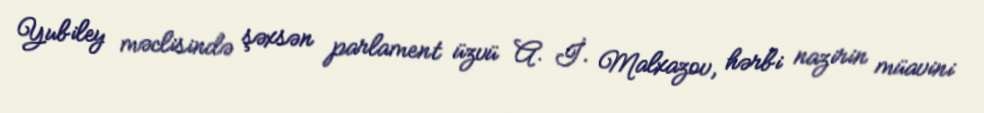
Yubiley məclisində şəxsən parlament üzvü A. İ. Malxazov, hərbi nazirin müavini